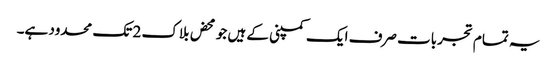
یہ تمام تجربات صرف ایک کمپنی کے ہیں جو محض بلاک 2 تک محدود ہے۔